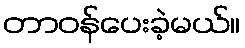
တာဝန်ပေးခဲ့မယ်။